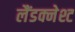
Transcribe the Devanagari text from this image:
लैंडक्नेश्ट